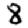
Digit: 8